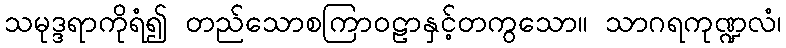
သမုဒ္ဒရာကိုရံ၍ တည်သောစကြာဝဠာနှင့်တကွသော။ သာဂရကုဏ္ဍလံ၊